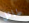
طائل